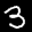
Label: 3